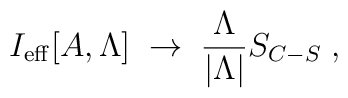
I_{\mathrm{eff}}[A,\Lambda]\;\to\; \frac{\Lambda}{|\Lambda|} S_{C-S}\;,